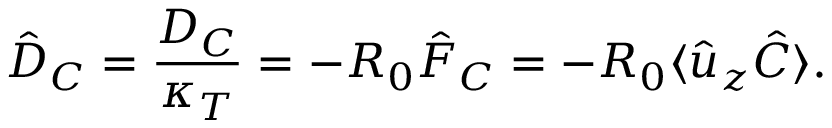
\hat { D } _ { C } = \frac { D _ { C } } { \kappa _ { T } } = - R _ { 0 } \hat { F } _ { C } = - R _ { 0 } \langle \hat { u } _ { z } \hat { C } \rangle .